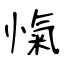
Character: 愾